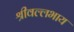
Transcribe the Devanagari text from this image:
श्रीवल्लभाय